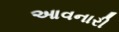
આવનારી